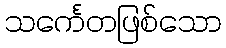
သင်္ကေတဖြစ်သော